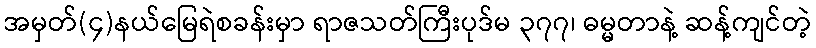
အမှတ်(၄)နယ်မြေရဲစခန်းမှာ ရာဇသတ်ကြီးပုဒ်မ ၃၇၇၊ ဓမ္မတာနဲ့ ဆန့်ကျင်တဲ့